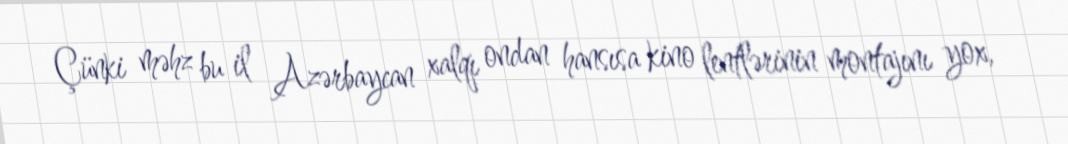
Çünki məhz bu il Azərbaycan xalqı ondan hansısa kino lentlərinin montajını yox,